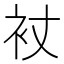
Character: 𧘓